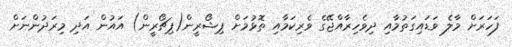
ފަހަރަށް މާލެ ވަޑައިގަތުމާއި ދިވެހިރާއްޖޭގެ ވެރިކަމާއި ތޮޅުމަށް ޕިޝޯރީން(ޕިޗޯރީން) އައުން އަދި މިރަދުންނަށް